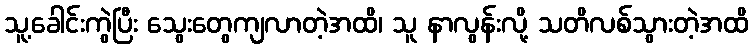
သူ့ခေါင်းကွဲပြီး သွေးတွေကျလာတဲ့အထိ၊ သူ နာလွန်းလို့ သတိလစ်သွားတဲ့အထိ